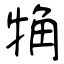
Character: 觕